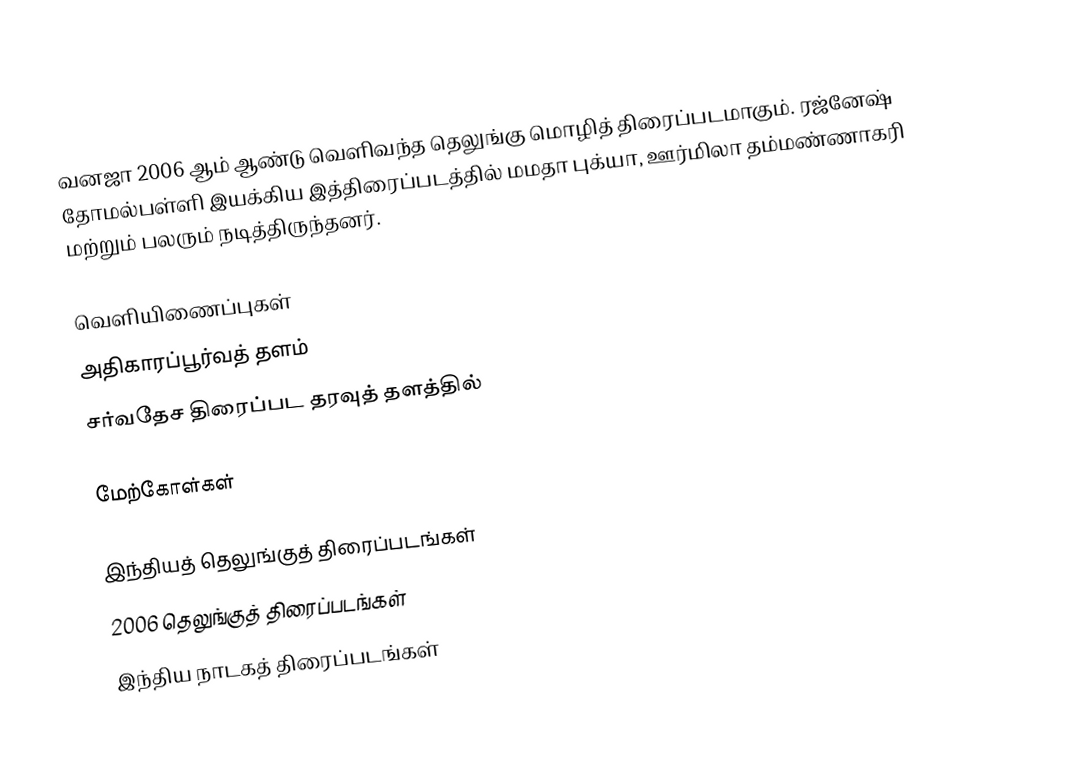
வனஜா 2006 ஆம் ஆண்டு வெளிவந்த தெலுங்கு மொழித் திரைப்படமாகும். ரஜ்னேஷ் தோமல்பள்ளி இயக்கிய இத்திரைப்படத்தில் மமதா புக்யா, ஊர்மிலா தம்மண்ணாகரி மற்றும் பலரும் நடித்திருந்தனர்.

வெளியிணைப்புகள்
அதிகாரப்பூர்வத் தளம்
சர்வதேச திரைப்பட தரவுத் தளத்தில்

மேற்கோள்கள்

இந்தியத் தெலுங்குத் திரைப்படங்கள்
2006 தெலுங்குத் திரைப்படங்கள்
இந்திய நாடகத் திரைப்படங்கள்